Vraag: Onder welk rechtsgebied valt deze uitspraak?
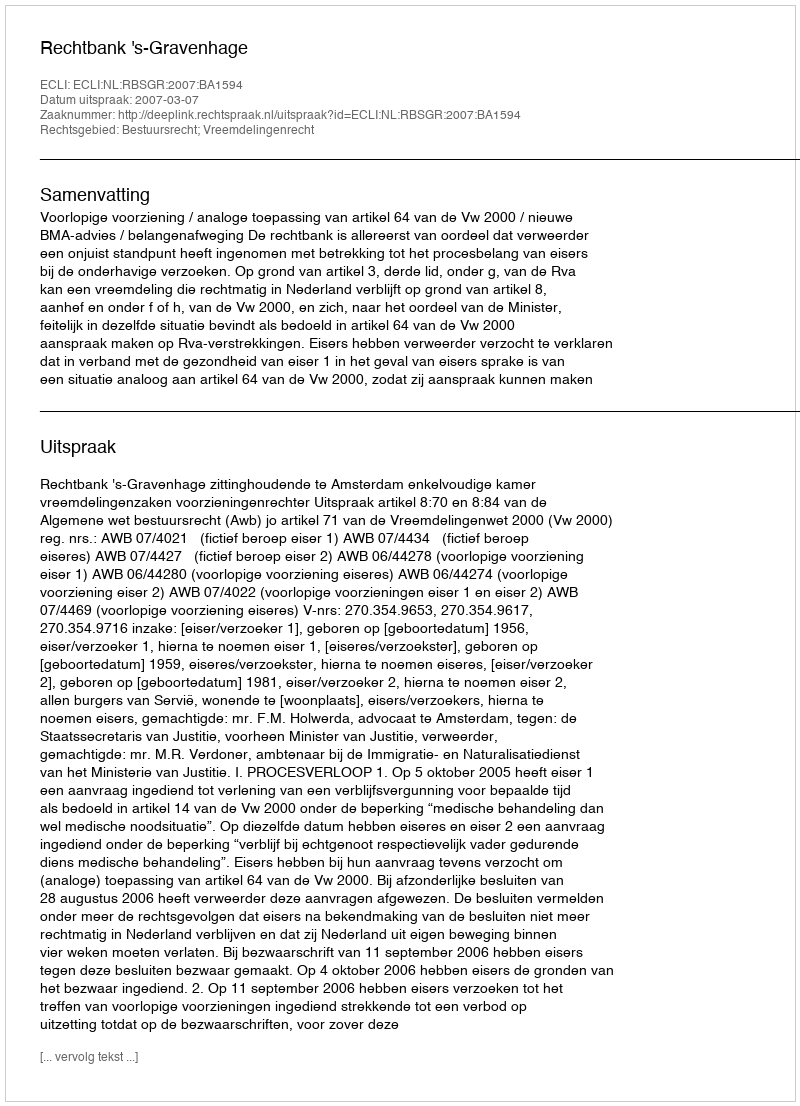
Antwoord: Bestuursrecht; Vreemdelingenrecht